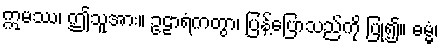
ဣမဿ၊ ဤသူအား။ ဥဠာရံကတွာ၊ ပြန့်ပြောသည်ကို ပြု၍။ ဓမ္မံ၊